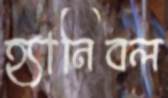
হ্যানিবল